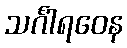
သင်္ဂါရဝေန